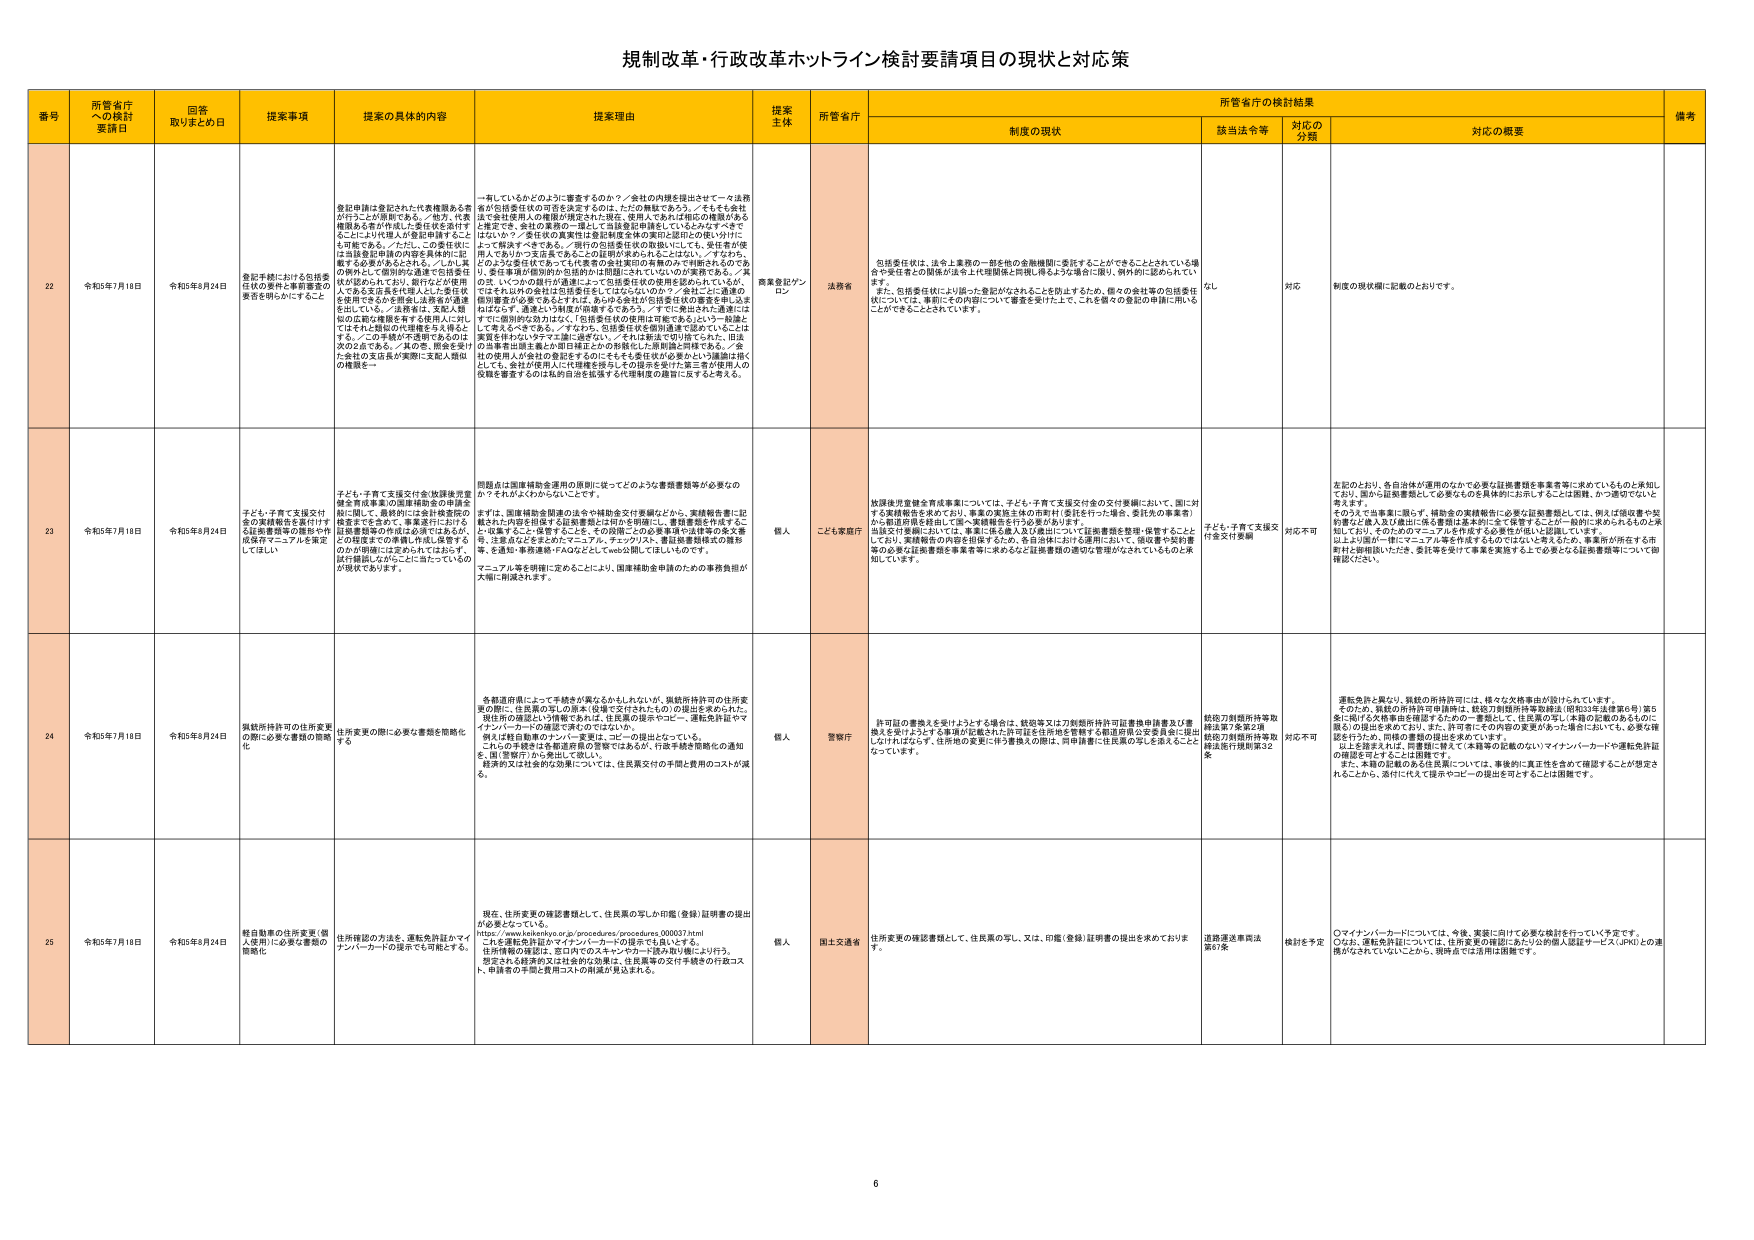
規制改革・行政改革ホットライン検討要請項目の現状と対応策

番号 所管省庁への検討要請日 回答取りまとめ日 提案事項 提案の具体的内容 提案理由 提案主体 所管省庁 制度の現状 所管省庁の検討結果 備考
制度の現状 該当法令等 対応の分類 対応の概要

22 令和3年7月18日 令和5年8月24日 登記手続における包括責任の要件と事前審査の要否を明らかにすること 登記申請に登記された代表機関ある者が行うことが原則である。／他方、代表機関ある者が作成した登記を受領するにあたり代理人が登記申請を行うことも可能である。／ただし、この委任状には当該登記申請の内容を具体的に記載する必要があるとされる。／しかし実の例外として個別的な通達で包括責任状の要件がされており、銀行などが使用者である支店長を代理人とした登記を受理できる旨を明記し法務省が通達を出している。／法務省は、支払人現状の広範な権限を有する使用者にに対してはそれと類似の代理権を与えるべきとする。／この手続が不透明であるのは次の2点である。／その①、即座を受けた会社の支店長が実際に支払人類似の権限を一 一有しているかどのように審査するのか？／会社の内規を提出させて一々法務省が包括責任状の可否を決定するのは、人手の無駄であろう。／そもそも会社法で登記申請人の資格が規定された現在、使用者であれば単にの権限があると推定でき、会社の業務の一環として当該登記申請をしているとみなすべきではないか？／委任状の真実性は登記申請者自身の責任に委ねるのが好ましいと判断すべきである。／銀行の包括責任状の取扱いにしても、受任者が使用人でありかつ支店長であることが証明があれば十分ではないか。／すなわち、どのような委任状であっても代表者の会社実印の有無のみで判断されるのであり、委任事項の個別的な包括的かは別論にされないなどの実務である。／真の②、いつかの銀行が通達によって包括責任状の実務を認められているが、ではそれ以外の会社は包括責任をしてはならないのか？／会社ごとに通達の個別審査が必要であるとすれば、あらゆる会社が包括責任状の審査を申し込むはずになり、通達という制度が崩壊するであろう。／すでに発出された通達にはすでに銀行は対応済みだが、「包括責任状の使用は可能である」という一括論として考えるべきである。／すなわち、包括責任状を個別通達で認めていることは審査を伴わないずすマニュアルに過ぎない。／それは新法で切り捨てられた、旧法の当事者出頭主義とか旧日曜日とかの特例化した個別論と同様である。／会社の使用人が会社が登記をするのにそもそも委任状が必要かという議論は無くとしても、会社が使用人に代理権を授与した旨の提示を受けた第三者が使用人の役職を審査するのは私的自治を拡張する代理制度の趣旨に反すると考える。 商業登記ブンロン 法務省 包括委任状は、法令上業務の一部を他の金融機関に委託することができるこ とがされている場合や委任者との関係が法令上代理関係と同視し得るような場合に限り、例外的に認められている。 また、包括委任状により届へた登記がなされることを防止するため、個々の会社等の包括委任状については、事前にその内容について審査を受けてよって、これを個々の登記の申請に用いることができるこ ととされています。 なし 対応 制度の現状欄に記載のとおりです。

23 令和3年7月18日 令和5年8月24日 子ども・子育て支援交付金(地域後期高齢者支援事業の国庫補助金の申請手続きに関して、最終的には会計検査院の検査まで含めて、事業実行における証拠書類等の作成は法務ではあるが、この収支までの書類作成、保管等のための明確には定められてはおらず、試行錯誤しながらごとに当たっているのが現状でありま す。 子ども・子育て支援交付金(地域後期高齢者支援事業の国庫補助金の申請手続きに関して、最終的には会計検査院の検査まで含めて、事業実行における証拠書類等の作成は法務ではあるが、この収支までの書類作成、保管等のための明確には定められてはおらず、試行錯誤しながらごとに当たっているのが現状でありま す。 問題点は国庫補助金運用の原則に従ってどのような書類書類等が必要なのか？そればふわからないうございます。 まずは、国庫補助金関連の法令や補助金交付要綱などから、実績報告書に記載された内容を明確する証拠書類とは何かを明確にし、書類書類を作成することに収束すること・保管することを、その段階ごとの必要事項や法務等の各文書等、注意点などをまとめてマニュアル、チェックリスト、書類書類類似の図形等、を通知・事務連絡・FAQなどとしてweb公開してほしいものです。 マニュアル等を明確に定めるごとにより、国庫補助金申請のための事務負担が大幅に削減されます。 個人 こども家庭庁 振興後期高齢者育成事業については、子ども・子育て支援交付金の交付要綱において、国に対する実績報告を求めており、事業の実施主体の市町村(委託を受けた場合、委託先の事業者)から都道府県を経由して国へ実績報告を行う必要があります。 当該交付要綱においては、事業に係る個人及び施設について証拠書類を整理・保管することとしており、実績報告の内容を担保するため、各自治体における運用において、領収書や契約書等の必要な証拠書類を事業者等に求めるなど証拠書類の適切な管理がなされているものと承知しています。 子ども・子育て支援交付金交付要綱 対応不可 左記のとおり、各自治体が運用のなかで必要な証拠書類を事業者等に求めているものと承知しており、誰から証拠書類として必要なものを具体的にお示しすることは困難、かつ適切でないと考えます。 そのうえで当事業に限らず、補助金の実績報告に必要な証拠書類としては、例えば領収書や契約書など個人及び施設に係る書類は基本的に全て保管することが一般的に求められるものと承知しており、そのためのマニュアルを作成する必要性が低いと認識しています。 以上より国が一様にマニュアル等を作成するものではないと考えるため、事業所が所在する市町村と御相談いただき、委託等を受けて事業を実施する上で必要なと証拠書類等について御確認ください。

24 令和3年7月18日 令和5年8月24日 鉄銭所持許可の住所変更の際に必要な書類の簡略化 住所変更の際に必要な書類を簡略化する 各都道府県によって手続きが異なるかもしれませんが、鉄銭所持許可の住所変更の際に、住民票の写しの原本(役場で交付されたもの)の提出を求められた。現住所の確認という情報であれば、住民票の提示やコピー、運転免許証やマイナンバーカードの確認で済むのではないか。 例えば福島県のナンバー変更は、コピーの提出となっている。 これらの手続を文書送付系の管理であるが、行政手続を簡略化の通知を、国(警察庁)から発出して欲しい。 経済的又は社会的な効果については、住民票交付の手間と費用のコストが減る。 個人 警察庁 許可証の書換を受けようとする場合は、鉄銭等又は刀剣類所持許可証書換申請書及び書換を受けようとする事項が記載された許可証を住所地を管轄する都道府県公安委員会に提出しなければならず、住所地の変更に伴う書換えの際は、同申請書に住民票の写しを添えることとなっている。 鉄銭刀剣類所持等取締法第7条第2項 鉄銭刀剣類所持等取締法施行規則第32条 対応不可 運転免許と異なり、鉄銭の所持許可には、様々な欠格事由が設けられています。 そのため、鉄銭の所持許可申請時、鉄銭刀剣類所持等取締法(昭和33年法律第6号)第5条に掲げる欠格事由を確認するための一書類として、住民票の写し(本籍の記載のあるものに限る)の提示を求めています。また、許可証にその内容の変更が生じた場合においても、必要が確認を行うため、同様の書類の提出を求めています。 以上を踏まえれば、同書類に替ええて(本籍等の記載のない)マイナンバーカードや運転免許証の確認を受けることは困難です。 また、本籍の記載のある住民票については、事後的に真正性を含めて確認することが想定されることがあり、交付に代えて提示やコピーの提出を可とするには困難です。

25 令和3年7月18日 令和5年8月24日 軽自動車の住所変更(個人使用)に必要な書類の簡略化 住所確認の方法は、運転免許証かマイナンバーカードの提示でも可能とする。 現在、住所変更の確認書類として、住民票の写しか印鑑(登録)証明書の提出が必要となっています。 https://www.kenkaiyo.or.jp/procedures/procedures_000037.html これを運転免許証かマイナンバーカードの提示でも良いとする。 住所情報の確認は、窓口でのスキャン・カード読み取り機により行う。 想定される経済的又は社会的な効果は、住民票等の交付手続きの行政コスト、申請者の手間と費用コストの削減が見込まれる。 個人 国土交通省 住所変更の確認書類として、住民票の写し、又は、印鑑(登録)証明書の提出を求めております。 道路運送車両法第97条 検討を予定 ○マイナンバーカードについては、今後、実装に向けて必要な検討を行っていきます。 ○なお、運転免許証については、住所変更の確認にあたり公的個人認証サービス(JPKI)との連携がなされていないことから、現時点では活用は困難です。

6